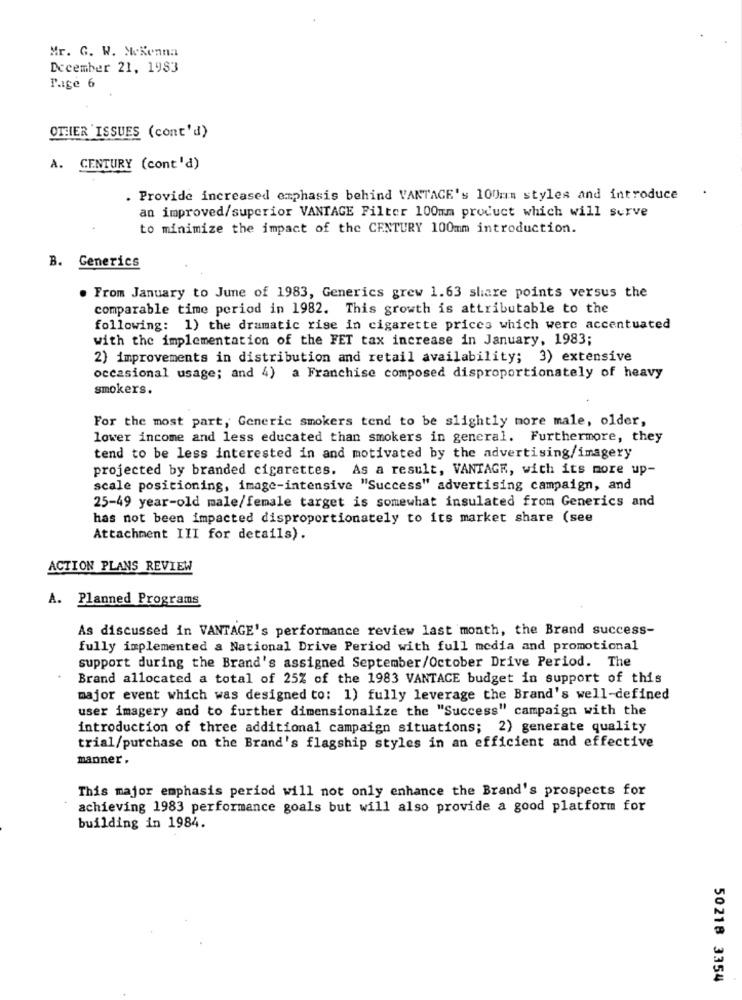
Mr. G. W. Mckenna
December 21, 1983
Page 6
OTHER ISSUES (cont'd)
A. CENTURY (cont'd)
. Provide increased emphasis behind VANTAGE's 100mm styles and introduce
an improved/superior VANTAGE Filter 100mm product which will serve
to minimize the impact of the CENTURY 100mm introduction.
B. Generics
From January to June of 1983, Generics grew 1.63 share points versus the
comparable time period in 1982. This growth is attributable to the
following: 1) the dramatic rise in cigarette prices which were accentuated
with the implementation of the FET tax increase in January, 1983;
2) improvements in distribution and retail availability; 3) extensive
occasional usage; and 4) a Franchise composed disproportionately of heavy
smokers.
For the most part, Generic smokers tend to be slightly more male, older,
lower income and less educated than smokers in general. Furthermore, they
tend to be less interested in and motivated by the advertising/imagery
projected by branded cigarettes. As a result, VANTAGE, with its more up-
scale positioning, image-intensive "Success" advertising campaign, and
25-49 year-old male/female target is somewhat insulated from Generics and
has not been impacted disproportionately to its market share (see
Attachment III for details).
ACTION PLANS REVIEW
A. Planned Programs
As discussed in VANTAGE's performance review last month, the Brand success-
fully implemented a National Drive Period with full media and promotional
support during the Brand's assigned September/October Drive Period. The
Brand allocated a total of 25% of the 1983 VANTACE budget in support of this
major event which was designed to: 1) fully leverage the Brand's well-defined
user imagery and to further dimensionalize the "Success" campaign with the
introduction of three additional campaign situations; 2) generate quality
trial/purchase on the Brand's flagship styles in an efficient and effective
manner .
This major emphasis period will not only enhance the Brand's prospects for
achieving 1983 performance goals but will also provide a good platform for
building in 1984.
50218 3354